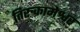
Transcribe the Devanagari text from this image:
तिरुकामेश्वर